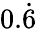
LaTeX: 0.{\dot{6}}